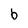
Character: b